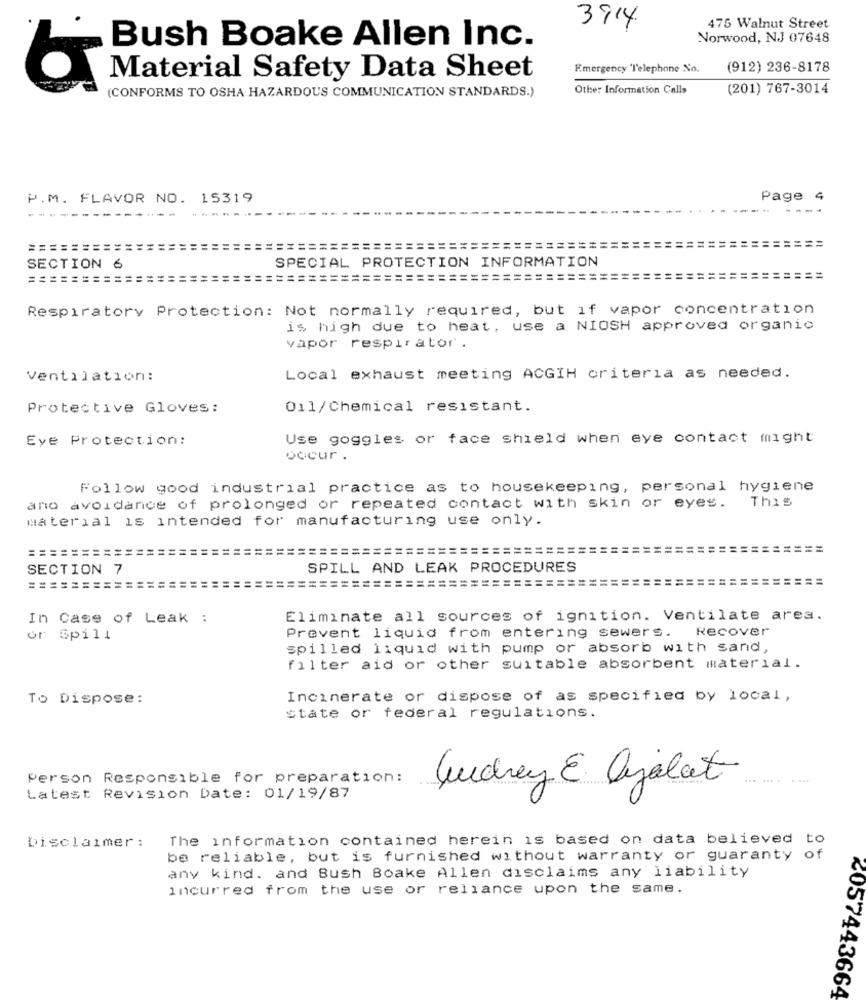
3914
475 Walnut Street
Bush Boake Allen Inc.
Norwood, NJ 07648
Emergency 'l'elephone No.
(912) 236-8178
Material Safety Data Sheet
(CONFORMS TO OSHA HAZARDOUS COMMUNICATION STANDARDS.)
Other Information Calls
(201) 767-3014
P.M. FLAVOR NO. 15319
Page 4
----
============
====================
==
SPECIAL PROTECTION INFORMATION
SECTION 6
=============
==============================
Respiratory Protection: Not normally required, but if vapor concentration
is high due to heat, use a NIOSH approved organic
vapor respirator.
Ventilation:
Local exhaust meeting ACGIH criteria as needed.
Protective Gloves:
011/Chemical resistant.
Eye Protection:
Use goggles or face shield when eye contact might
occur .
Follow good industrial practice as to housekeeping, personal hygiene
This
ano avoidance of prolonged or repeated contact with skin or eyes.
material is intended for manufacturing use only.
============
================================
SECTION 7
SPILL AND LEAK PROCEDURES
============
===============================
= = =
In Case of Leak :
Eliminate all sources of ignition. Ventilate area.
Prevent liquid from entering sewers.
Recover
or Spill
spilled liquid with pump or absorb with sand,
filter aid or other suitable absorbent material.
To Dispose:
Incinerate or dispose of as specified by local,
state or federal regulations.
Person Responsible for preparation:
....
audrey & ajalat
Latest Revision Date: 01/19/87
The information contained herein is based on data believed to
Disclaimer:
be reliable, but is furnished without warranty or guaranty of
any kind. and Bush Boake Allen disclaims any liability
incurred from the use or reliance upon the same.
<057443664